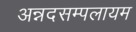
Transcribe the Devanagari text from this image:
अन्नदसम्पलायम